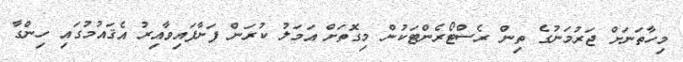
މިހާތަނަށް ޖަރުމަނުގެ ތިން ރެސްޓޯރެންޓަކުން މިގޮތަށް އަމަލު ކުރަން ފަށާފައިވާއިރު އެޤައުމުގައި ހިންގާ